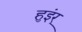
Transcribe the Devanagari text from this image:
हुइंर्